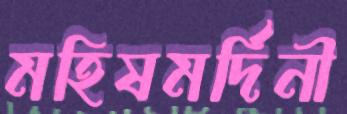
মহিষমর্দিনী